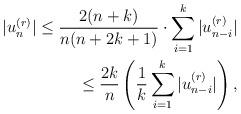
LaTeX: \begin{align*}|u_n^{(r)}|\le\frac{2(n+k)}{n(n+2k+1)}\cdot\sum_{i=1}^k |u_{n-i}^{(r)}| \\\le \frac{2k}{n}\left(\frac{1}{k}\sum_{i=1}^k |u_{n-i}^{(r)}|\right),\end{align*}